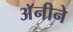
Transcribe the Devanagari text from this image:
अॅनीने